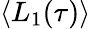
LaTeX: \langle L_{1}(\tau)\rangle